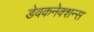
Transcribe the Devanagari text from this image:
डेवकनेक्शन्स